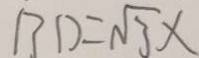
B D = \sqrt { 3 } x